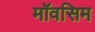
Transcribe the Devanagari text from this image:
मॉवसिम